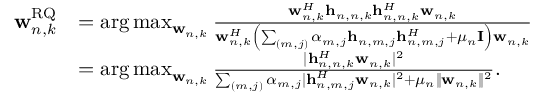
\begin{array} { r l } { \mathbf { w } _ { n , k } ^ { \mathrm { R Q } } } & { = \arg \operatorname* { m a x } _ { \mathbf { w } _ { n , k } } \frac { \mathbf { w } _ { n , k } ^ { H } \mathbf { h } _ { n , n , k } \mathbf { h } _ { n , n , k } ^ { H } \mathbf { w } _ { n , k } } { \mathbf { w } _ { n , k } ^ { H } \left( \sum _ { ( m , j ) } \alpha _ { m , j } \mathbf { h } _ { n , m , j } \mathbf { h } _ { n , m , j } ^ { H } + \mu _ { n } \mathbf { I } \right) \mathbf { w } _ { n , k } } } \\ & { = \arg \operatorname* { m a x } _ { \mathbf { w } _ { n , k } } \frac { | \mathbf { h } _ { n , n , k } ^ { H } \mathbf { w } _ { n , k } | ^ { 2 } } { \sum _ { ( m , j ) } \alpha _ { m , j } | \mathbf { h } _ { n , m , j } ^ { H } \mathbf { w } _ { n , k } | ^ { 2 } + \mu _ { n } \| \mathbf { w } _ { n , k } \| ^ { 2 } } . } \end{array}